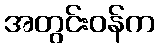
အတွင်းဝန်က